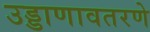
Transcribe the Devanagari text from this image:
उड्डाणावतरणे